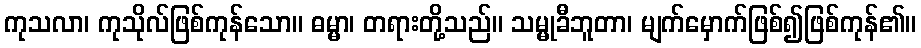
ကုသလာ၊ ကုသိုလ်ဖြစ်ကုန်သော။ ဓမ္မာ၊ တရားတို့သည်။ သမ္မုခီဘူတာ၊ မျက်မှောက်ဖြစ်၍ဖြစ်ကုန်၏။